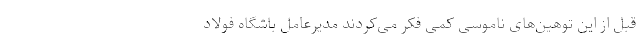
قبل از این توهین‌های ناموسی کمی فکر می‌کردند مدیرعامل باشگاه فولاد